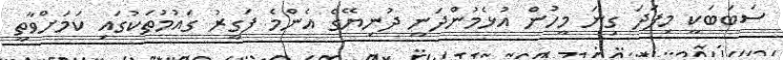
ސަބަބަކީ މިފަދަ ގިނަ މީހުން އުޅެމުންދަނީ ދުނިޔޭގެ އެންމެ ފަގީރު ގައުމުތަކުގައި ކަމަށްވާތީ